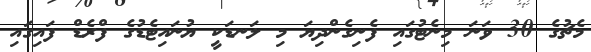
މެޗުގެ 30 ވަނަ މިނެޓުގައި ފެނިގެންދިޔަ މި ލަނޑަކީ ޔުނައިޓެޑުގެ ފްރެޑް ފައިގައި